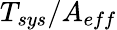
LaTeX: {T_{sys}}/A_{eff}